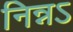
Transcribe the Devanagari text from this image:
निन्नऽ